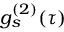
g _ { s } ^ { ( 2 ) } ( \tau )